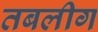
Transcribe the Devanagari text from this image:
तबलीग